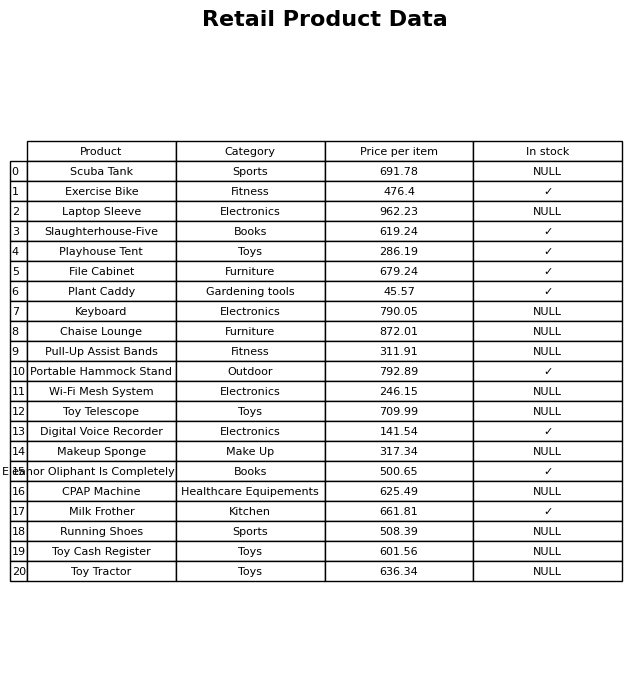
question: Which products are currently out of stock?
answer: Scuba Tank, Laptop Sleeve, Keyboard, Chaise Lounge, Pull-Up Assist Bands, Wi-Fi Mesh System, Toy Telescope, Makeup Sponge, CPAP Machine, Running Shoes, Toy Cash Register, Toy Tractor